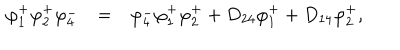
LaTeX: \begin{array} { r c l } { { \varphi _ { 1 } ^ { + } \varphi _ { 2 } ^ { + } \varphi _ { 4 } ^ { - } } } & { { = } } & { { \varphi _ { 4 } ^ { - } \varphi _ { 1 } ^ { + } \varphi _ { 2 } ^ { + } + D _ { 2 4 } \varphi _ { 1 } ^ { + } + D _ { 1 4 } \varphi _ { 2 } ^ { + } , } } \\ \end{array}